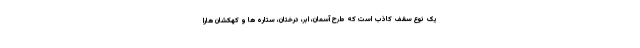
یک نوع سقف کاذب است که طرح آسمان، ابر، درختان، ستاره ها و کهکشان هارا